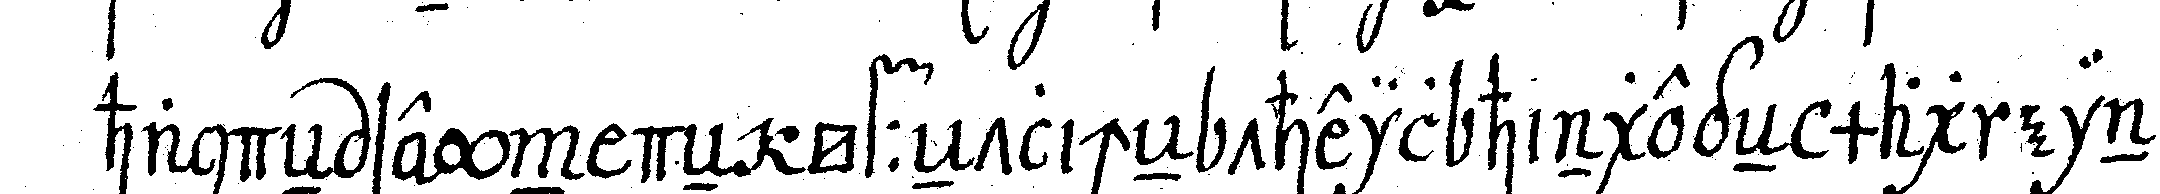
handeN seyn deN öffeNtlicheN theil hingegeN mag eine